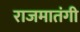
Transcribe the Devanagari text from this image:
राजमातंगी